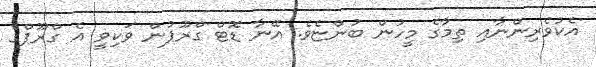
އެކުވެރިންނާއި ތިމާގެ މީހުން ބުންޏެވެ. އޭނާ ޑޮޓް ގްރޫޕުން ވަކިވީ އެ ގްރޫޕްގެ